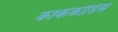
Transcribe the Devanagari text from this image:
काककोडिसे